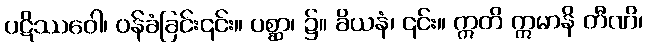
ပဋိဿဝေါ၊ ဝန်ခံခြင်း၎င်း။ ပစ္ဆာ၊ ၌။ ခိယနံ၊ ၎င်း။ ဣတိ ဣမာနိ တီဏိ၊